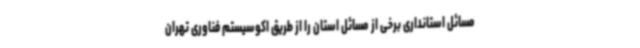
مسائل استانداری برخی از مسائل استان را از طریق اکوسیستم فناوری تهران